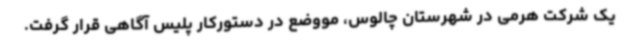
یک شرکت هرمی در شهرستان چالوس، مووضع در دستورکار پلیس آگاهی قرار گرفت.